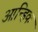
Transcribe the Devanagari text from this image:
आन्हिक